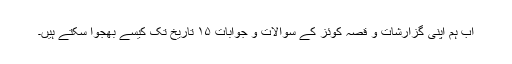
اب ہم اپنی گزارشات و قصہ کوئز کے سوالات و جوابات ۱۵ تاریخ تک کیسے بھجوا سکتے ہیں۔